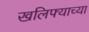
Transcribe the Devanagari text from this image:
खलिफ्याच्या